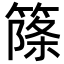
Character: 𥱥